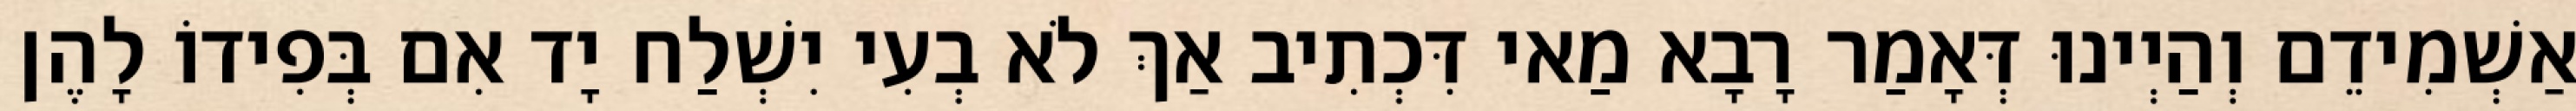
אַשְׁמִידֵם וְהַיְינוּ דְּאָמַר רָבָא מַאי דִּכְתִיב אַךְ לֹא בְעִי יִשְׁלַח יָד אִם בְּפִידוֹ לָהֶן